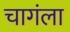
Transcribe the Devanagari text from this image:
चागंला